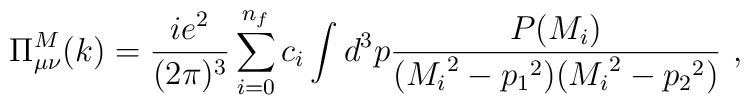
\Pi^{M}_{\mu \nu}(k)=\frac{ie^2}{(2\pi)^3}\sum_{i=0}^{n_{f}}c_{i}\int d^3p\frac{P(M_{i})}{({M_{i}}^2-{p_{1}}^2)({M_{i}}^2-{p_{2}}^2)} \,\,,